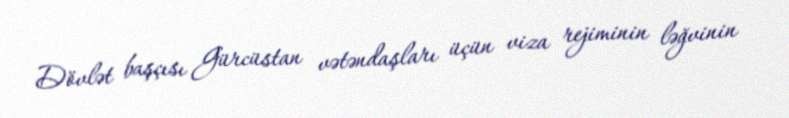
Dövlət başçısı Gürcüstan vətəndaşları üçün viza rejiminin ləğvinin